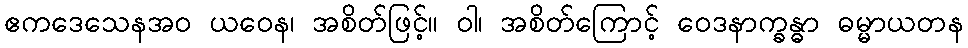
ဧကဒေသေနအဝ ယဝေန၊ အစိတ်ဖြင့်။ ဝါ၊ အစိတ်ကြောင့် ဝေဒနာက္ခန္ဓာ ဓမ္မာယတန